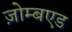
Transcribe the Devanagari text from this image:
ज़ोम्बएड